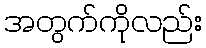
အတွက်ကိုလည်း